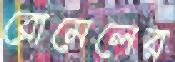
রোমেলের